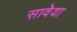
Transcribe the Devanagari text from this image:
सावेया